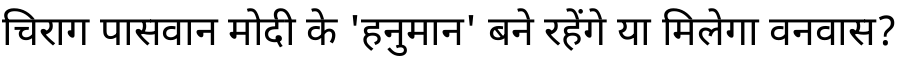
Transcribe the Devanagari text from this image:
चिराग पासवान मोदी के 'हनुमान' बने रहेंगे या मिलेगा वनवास?